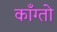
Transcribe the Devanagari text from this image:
काँग्तो